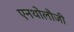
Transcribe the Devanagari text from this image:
एनथोलौजी